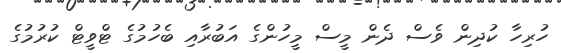
ހުރިހާ ކުދިން ވެސް ދެން މީސް މީހުންގެ އަބުރާއި ބެހުމުގެ ޓްވީޓް ކުރުމުގެ